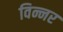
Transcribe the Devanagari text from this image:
विन्नर